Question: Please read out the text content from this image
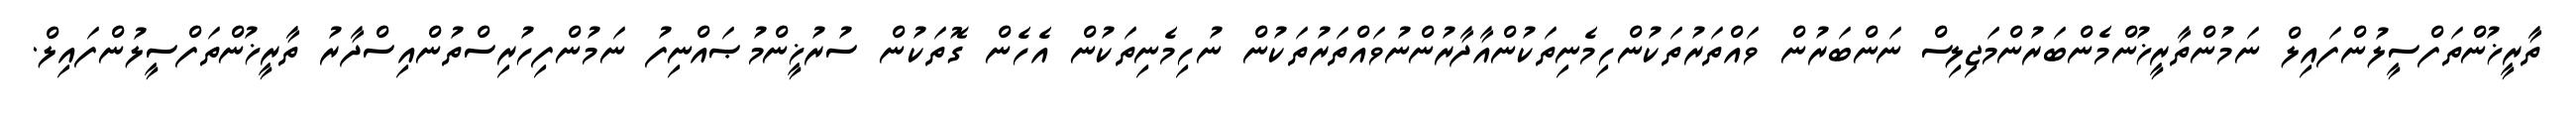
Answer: ތާރީޚުންތަފްސީލުންފައިލް ނަމުންތާރީޚުންމެންބަރުންމަޖިލިސް ނަންބަރުން ވައްތަރުތަކުންހިމެނިތަކުންއާދާރުންނުވައްތަރުތަކުން ނުހިމެނިތަކުން އެހެން ގޮތަކުން ސުރުޚީންމުޞައްނިފު ނަމުންފިހުރިސްތުންއިސްދާރު ތާރީޚުންތަފްސީލުންފައިލް.